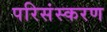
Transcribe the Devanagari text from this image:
परिसंस्करण